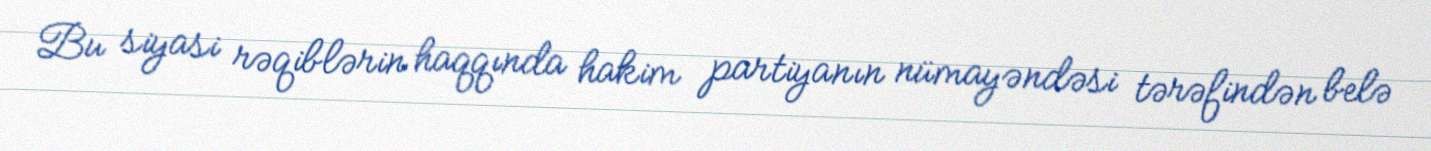
Bu siyasi rəqiblərin haqqında hakim partiyanın nümayəndəsi tərəfindən belə